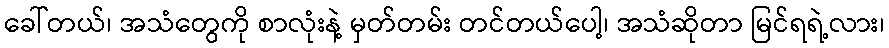
ခေါ်တယ်၊ အသံတွေကို စာလုံးနဲ့ မှတ်တမ်း တင်တယ်ပေါ့၊ အသံဆိုတာ မြင်ရရဲ့လား၊